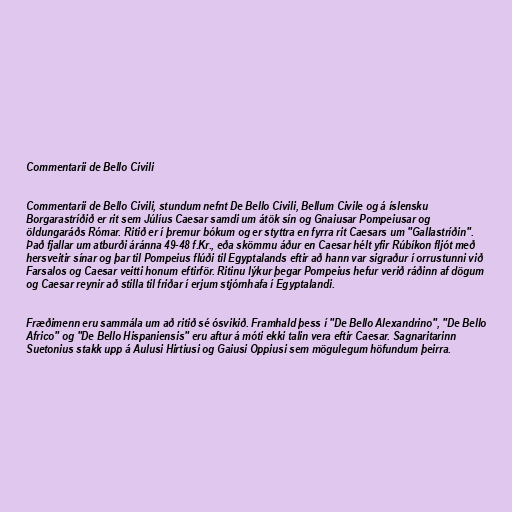
Commentarii de Bello Civili

Commentarii de Bello Civili, stundum nefnt De Bello Civili, Bellum Civile og á íslensku
Borgarastríðið er rit sem Júlíus Caesar samdi um átök sín og Gnaiusar Pompeiusar og
öldungaráðs Rómar. Ritið er í þremur bókum og er styttra en fyrra rit Caesars um "Gallastríðin".
Það fjallar um atburði áránna 49-48 f.Kr., eða skömmu áður en Caesar hélt yfir Rúbíkon fljót með
hersveitir sínar og þar til Pompeius flúði til Egyptalands eftir að hann var sigraður í orrustunni við
Farsalos og Caesar veitti honum eftirför. Ritinu lýkur þegar Pompeius hefur verið ráðinn af dögum
og Caesar reynir að stilla til friðar í erjum stjórnhafa í Egyptalandi.

Fræðimenn eru sammála um að ritið sé ósvikið. Framhald þess í "De Bello Alexandrino", "De Bello
Africo" og "De Bello Hispaniensis" eru aftur á móti ekki talin vera eftir Caesar. Sagnaritarinn
Suetonius stakk upp á Aulusi Hirtiusi og Gaiusi Oppiusi sem mögulegum höfundum þeirra.